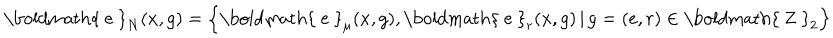
LaTeX: \mathrm { \boldmath { ~ e ~ } } _ { N } ( x , g ) = \left\{ \mathrm { \boldmath { ~ e ~ } } _ { \mu } ( x , g ) , \mathrm { \boldmath { ~ e ~ } } _ { r } ( x , g ) \, | \, g = ( e , r ) \in \mathrm { \boldmath { ~ Z ~ } } _ { 2 } \right\}